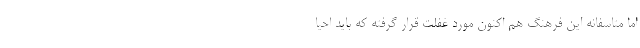
اما متاسفانه این فرهنگ هم اکنون مورد غفلت قرار گرفته که باید احیا